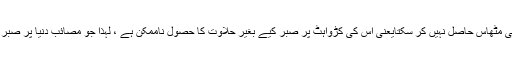
کوئی بھی شخص اس کی تلخی پئے بغیر اس کی مٹھاس حاصل نہیں کر سکتایعنی اس کی کڑواہٹ پر صبر کیے بغیر حلاوت کا حصول ناممکن ہے ، لہٰذا جو مصائبِ دنیا پر صبر کرتا ہے اس پر دنیاوی نعمتیں زیادہ ہوتی ہیں۔